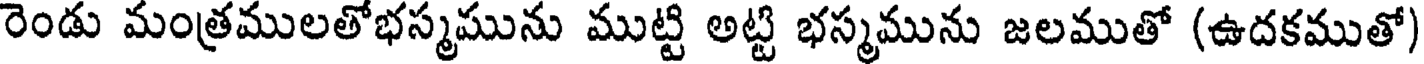
రెండు మంత్రములతోభస్మమును ముట్టి అట్టి భస్మమును జలముతో (ఉదకముతో)